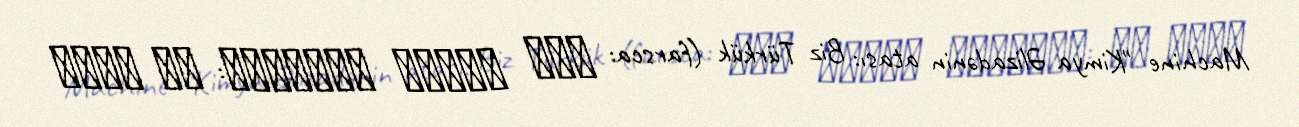
Machine "Kimya Əlizadənin atası: Biz Türkük (farsca: پدر کیمیا علیزاده: ما تورک